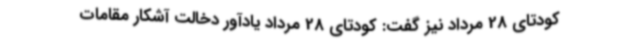
کودتای 28 مرداد نیز گفت: کودتای 28 مرداد یادآور دخالت آشکار مقامات